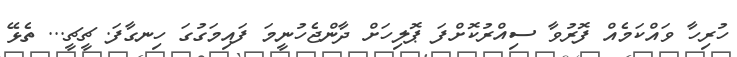
ހުރިހާ ވައްކަމެއް ފޮރުވާ ސިއްރުކޮށްފަ ޕޮލިހަށް ދާންޖެހުނީމަ ފައިމަގުގަ ހިނގާފަ. ޗީޗީ... ތެޅޭ